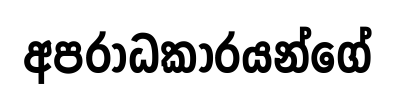
අපරාධකාරයන්ගේ